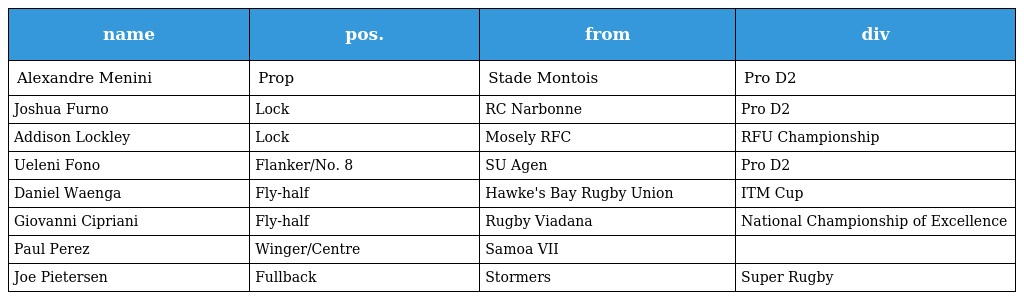
| name | pos. | from | div |
 | --- | --- | --- | --- |
 | Alexandre Menini | Prop | Stade Montois | Pro D2 |
 | Joshua Furno | Lock | RC Narbonne | Pro D2 |
 | Addison Lockley | Lock | Mosely RFC | RFU Championship |
 | Ueleni Fono | Flanker/No. 8 | SU Agen | Pro D2 |
 | Daniel Waenga | Fly-half | Hawke's Bay Rugby Union | ITM Cup |
 | Giovanni Cipriani | Fly-half | Rugby Viadana | National Championship of Excellence |
 | Paul Perez | Winger/Centre | Samoa VII |  |
 | Joe Pietersen | Fullback | Stormers | Super Rugby |